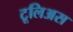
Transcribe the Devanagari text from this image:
टूलिअस